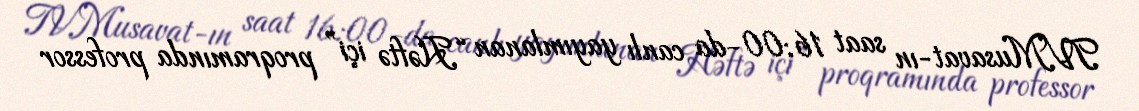
TVMusavat-ın saat 16:00-da canlı yayımlanan “Həftə içi” proqramında professor